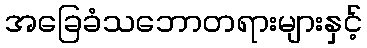
အခြေခံသဘောတရားများနှင့်